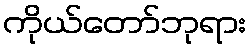
ကိုယ်တော်ဘုရား